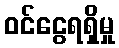
ဝင်ငွေရရှိမှု